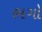
ભગો